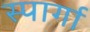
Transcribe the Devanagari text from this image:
स्पार्गा